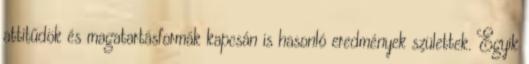
attitűdök és magatartásformák kapcsán is hasonló eredmények születtek. Egyik